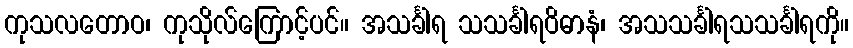
ကုသလတောဝ၊ ကုသိုလ်ကြောင့်ပင်။ အသင်္ခါရ သသင်္ခါရဝိဓာနံ၊ အသသင်္ခါရသသင်္ခါရကို။